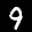
Label: 9